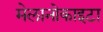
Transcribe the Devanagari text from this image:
मेलानोकाइटा